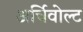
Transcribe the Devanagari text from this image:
अर्चिवोल्ट